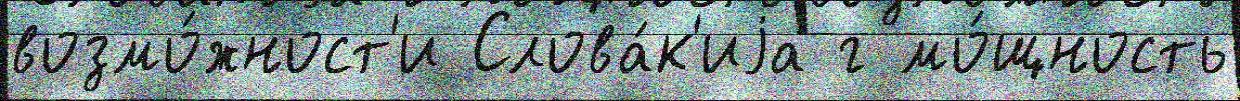
возмо́жност'и Слова́к'иjа г мо́щность